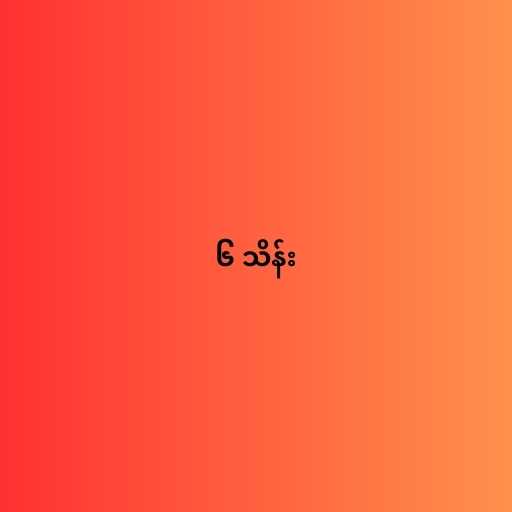
၆ သိန်း